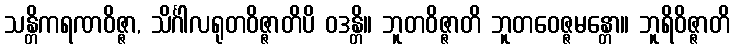
သန္တိကရဏဝိဇ္ဇာ, သိင်္ဂါလရုတဝိဇ္ဇာတိပိ ဝဒန္တိ။ ဘူတဝိဇ္ဇာတိ ဘူတဝေဇ္ဇမန္တော။ ဘူရိဝိဇ္ဇာတိ